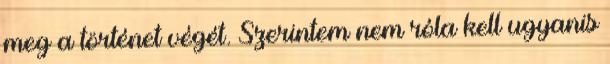
meg a történet végét. Szerintem nem róla kell ugyanis